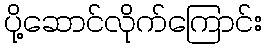
ပို့ဆောင်လိုက်ကြောင်း